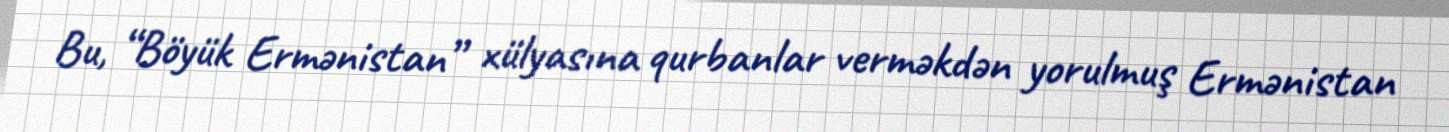
Bu, “Böyük Ermənistan” xülyasına qurbanlar verməkdən yorulmuş Ermənistan